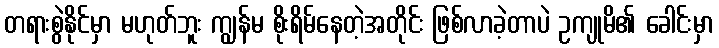
တရားစွဲနိုင်မှာ မဟုတ်ဘူး ကျွန်မ စိုးရိမ်နေတဲ့အတိုင်း ဖြစ်လာခဲ့တာပဲ ဥကျုမိ၏ ခေါင်းမှာ